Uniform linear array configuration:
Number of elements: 8
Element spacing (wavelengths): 0.5
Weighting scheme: blackman
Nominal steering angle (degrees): -30
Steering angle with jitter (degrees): -31.219
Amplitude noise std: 0.05
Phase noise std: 0.05

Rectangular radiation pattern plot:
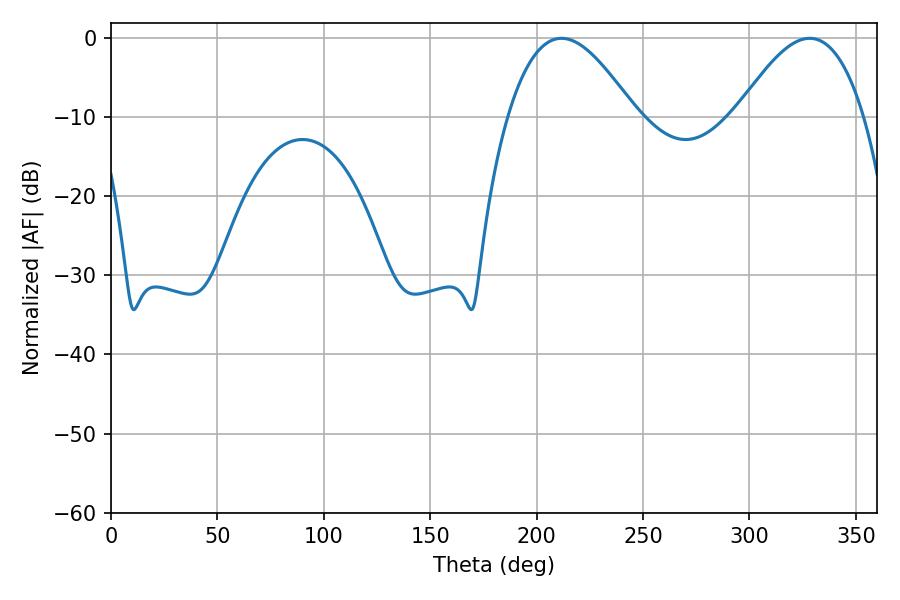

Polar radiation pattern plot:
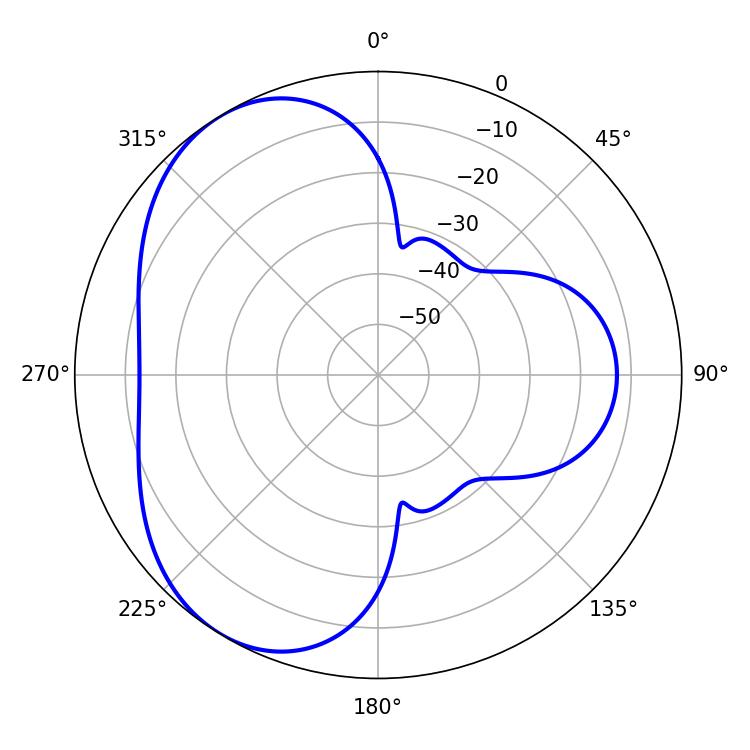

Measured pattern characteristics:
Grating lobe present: FALSE
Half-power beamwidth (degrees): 32.58
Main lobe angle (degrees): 328.32